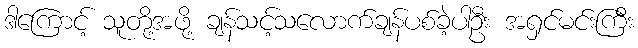
ဒါကြောင့် သူတို့အဖို့ ချန်သင့်သလောက်ချန်ပစ်ခဲ့ပါဦး အရှင်မင်းကြီး